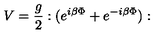
V = \frac { g } { 2 } : ( e ^ { i \beta \Phi } + e ^ { - i \beta \Phi } ) :